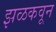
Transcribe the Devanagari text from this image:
झळकवून